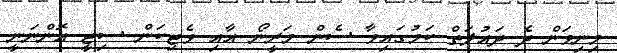
މިނިވަން ދެ ދައުލަތް ކަމުގައިވާ ސެން މަރީނޯ އާއި ވެޓިކަން ސިޓީ އޮންނަނީ